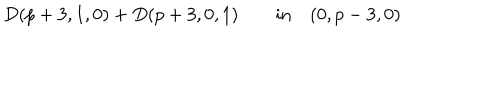
D ( p + 3 , 1 , 0 ) + D ( p + 3 , 0 , 1 ) \qquad \mathrm { i n } \quad ( 0 , p - 3 , 0 )